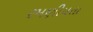
રમણીયતા